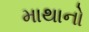
માથાનો